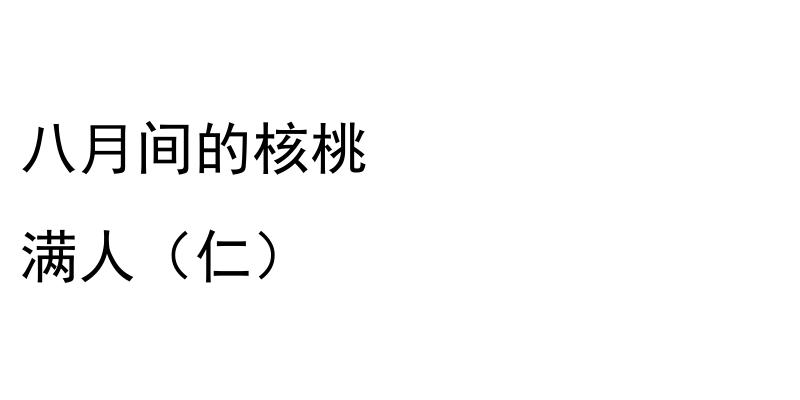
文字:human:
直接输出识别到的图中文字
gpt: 八月间的核桃 满人（仁）